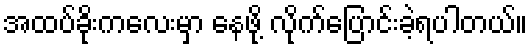
အထပ်ခိုးကလေးမှာ နေဖို့ လိုက်ပြောင်းခဲ့ရပါတယ်။